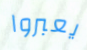
يعبروا